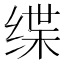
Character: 𫄬